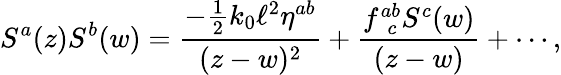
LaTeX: S^{a}(z)S^{b}(w)=\frac{-\frac{1}{2}k_{0}\ell^{2}\eta^{ab}}{(z-w)^{2}}+\frac{f_{~~c}^{ab}S^{c}(w)}{(z-w)}+\cdots,